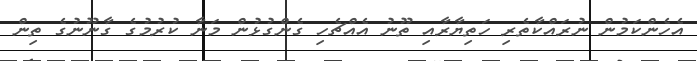
އެހެންކަމުން ނުރައްކާތެރި ހަތިޔާރާއި ތޫނު އެއްޗެހި ގެންގުޅުން މަނާ ކުރުމުގެ ގާނޫނުގެ ތިން